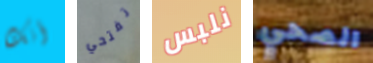
أنك تفتحي نلبس الصحي